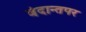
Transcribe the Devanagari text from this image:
वेदान्तपर